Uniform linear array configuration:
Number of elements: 24
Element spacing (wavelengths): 1
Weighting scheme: hann
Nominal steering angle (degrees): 30
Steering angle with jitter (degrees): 30.763
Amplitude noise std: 0.05
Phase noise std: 0.05

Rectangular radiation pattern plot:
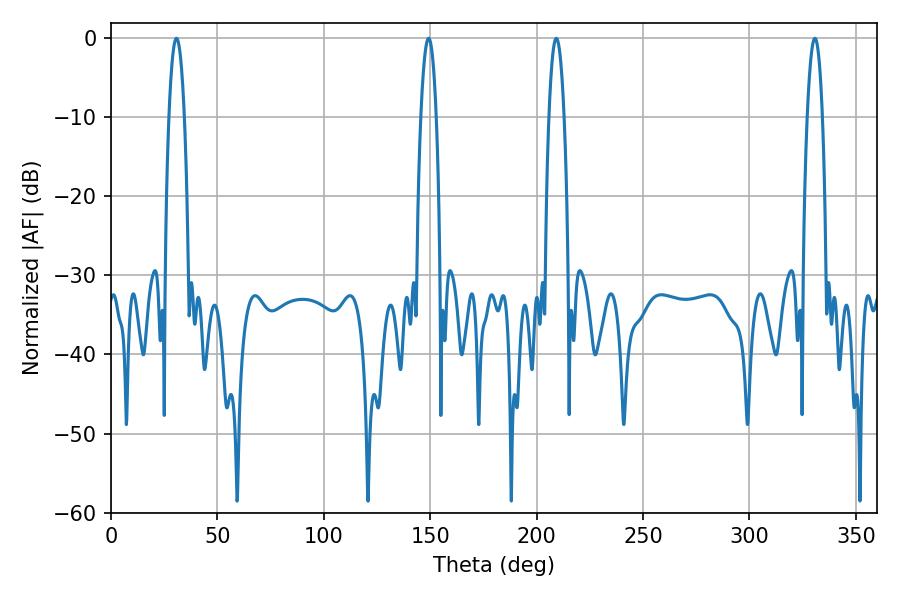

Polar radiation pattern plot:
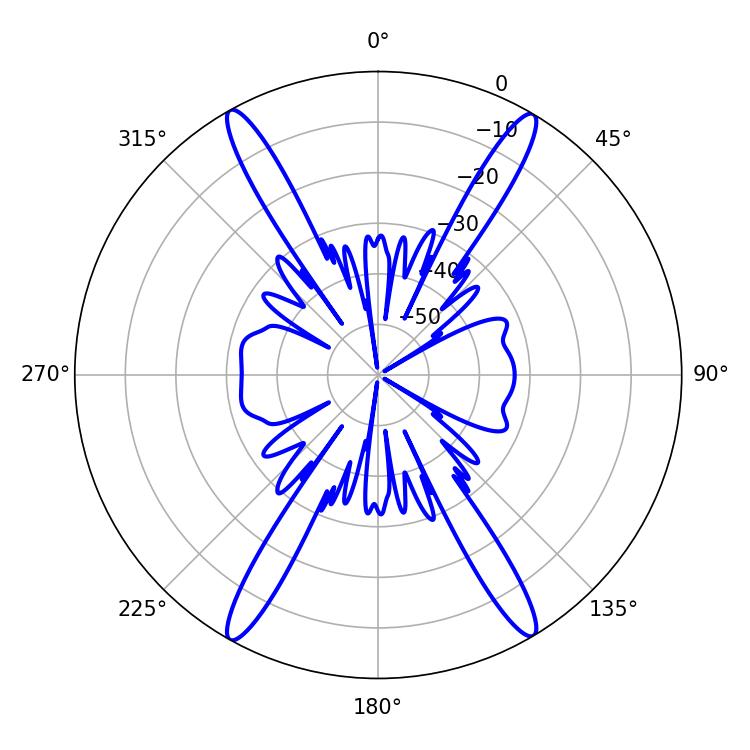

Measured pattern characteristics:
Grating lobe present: TRUE
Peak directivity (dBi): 26.503
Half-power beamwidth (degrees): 3.96
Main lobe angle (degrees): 30.78